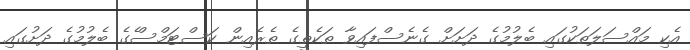
އެކި މައްސަލަތަކުގައި ބެލުމުގެ ދަށަށް ގެނެސްފައިވާ ތަކެތީގެ ތެރެއިން ކަސްޓަމްސްެގެ ބެލުމުގެ ދަށުގައި